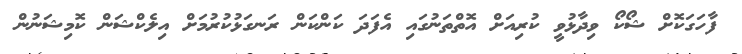
ފާހަގަކޮށް ޝޯކޯ ވިދާޅުވީ ކުރިއަށް އޮތްތަނުގައި އެފަދަ ކަންކަން ރަނގަޅުކުރުމަށް އިލެކްޝަން ކޮމިޝަނުން